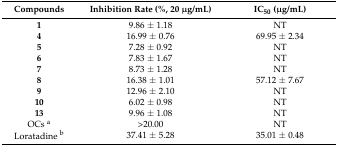
| Compounds | Inhibition Rate (%, 20 μg/mL) | IC50 (μg/mL) |
 | --- | --- | --- |
 | 1 | 9.86 ± 1.18 | NT |
 | 4 | 16.99 ± 0.76 | 69.95 ± 2.34 |
 | 5 | 7.28 ± 0.92 | NT |
 | 6 | 7.83 ± 1.67 | NT |
 | 7 | 8.73 ± 1.28 | NT |
 | 8 | 16.38 ± 1.01 | 57.12 ± 7.67 |
 | 9 | 12.96 ± 2.10 | NT |
 | 10 | 6.02 ± 0.98 | NT |
 | 13 | 9.96 ± 1.08 | NT |
 | OCs a | >20.00 | NT |
 | Loratadine b | 37.41 ± 5.28 | 35.01 ± 0.48 |